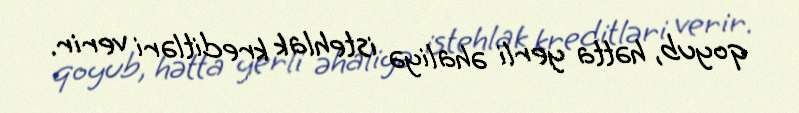
qoyub, hətta yerli əhaliyə istehlak kreditləri verir.